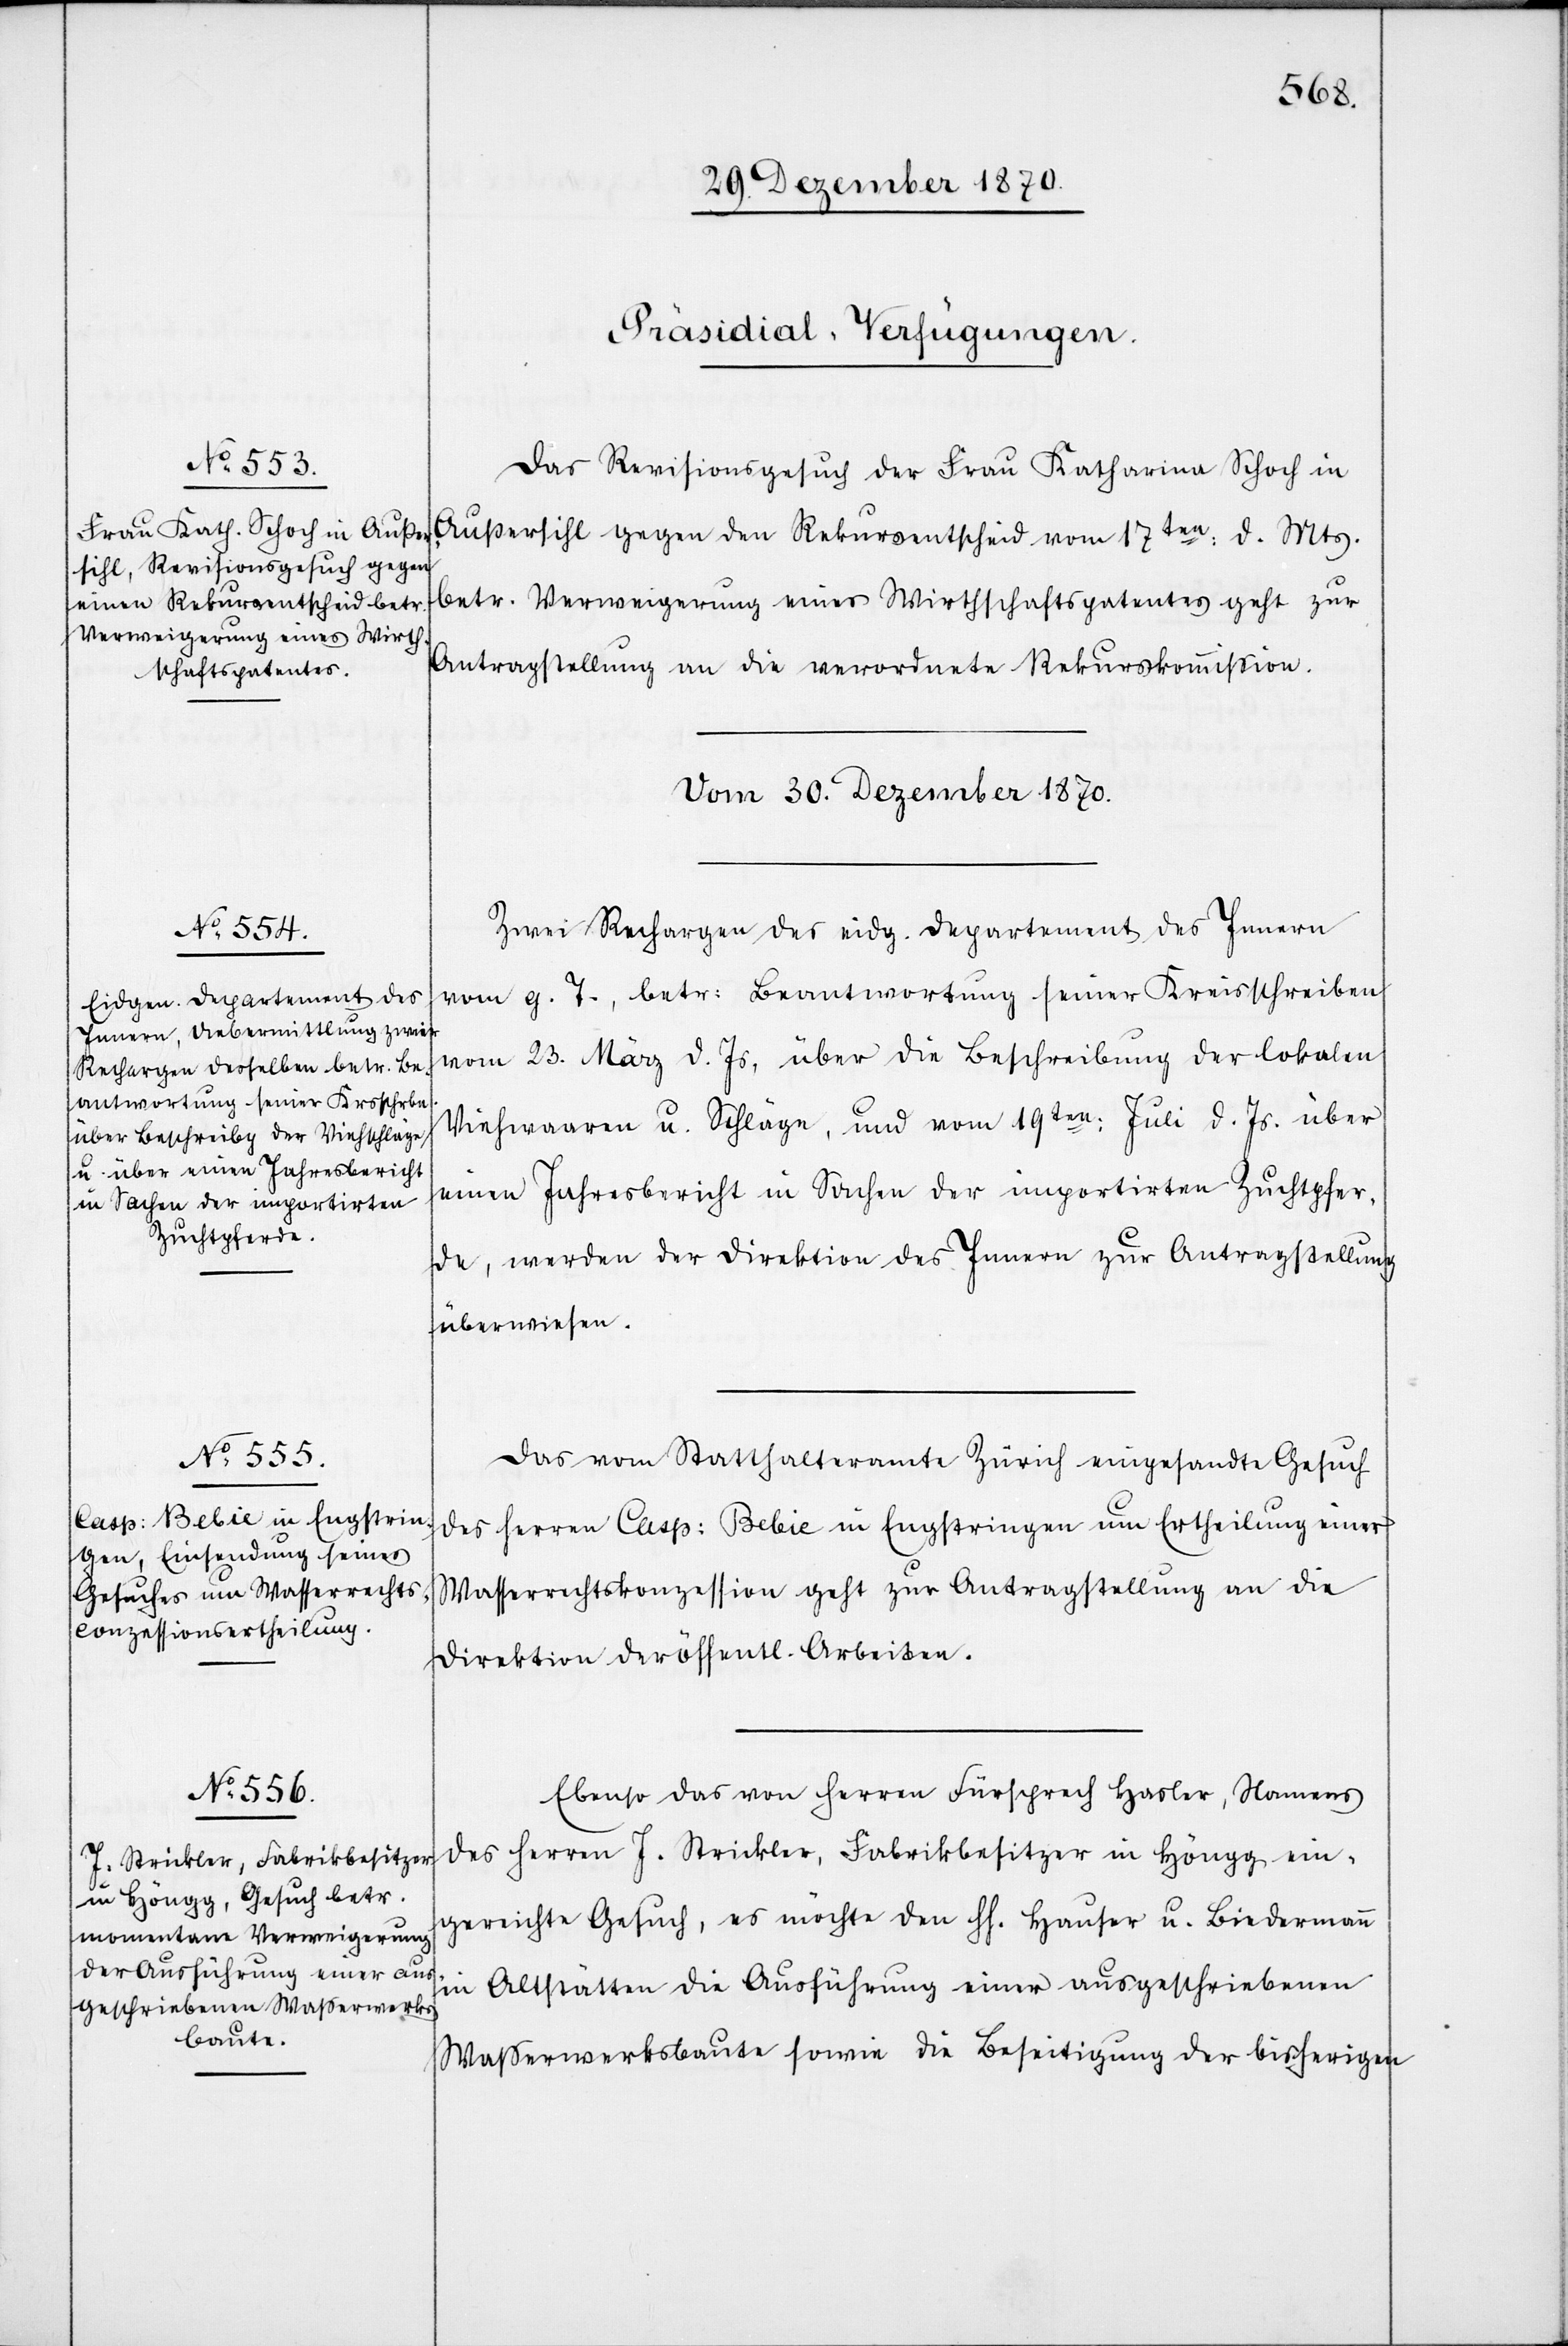
[Präsidial-Verfügungen.
Das Revisionsgesuch der Frau Katharina Schoch in
Außersihl gegen den Rekursentscheid vom 17ten: d. Mts.
betr. Verweigerung eines Wirthschaftspatentes geht zur
Antragstellung an die verordnete Rekurskommißion.
Vom 30. Dezember 1870.]
Zwei Rechargen des eidg. Departement des Innern
vom g. T., betr: Beantwortung seiner Kreisschreiben
vom 23. März d. Js. über die Beschreibung der lokalen
Viehwaaren u. Schläge, und vom 19ten: Juli d. Js. über
einen Jahresbericht in Sachen der importirten Zuchtpfer¬
de, werden der Direktion des Innern zur Antragstellung
überwiesen.
Das vom Statthalteramte Zürich eingesandte Gesuch
des Herren Casp: Bebie in Engstringen um Ertheilung einer
Wasserrechtskonzession geht zur Antragstellung an die
Direktion der öffentl. Arbeiten.
Ebenso das von Herren Fürsprech Hasler, Namens
des Herren J. Strickler, Fabrikbesitzer in Höngg ein¬
gereichte Gesuch, es möchte den HH. Hauser u. Biedermann
in Altstätten die Ausführung einer ausgeschriebenen
Waßerwerksbaute sowie die Beseitigung der bisherigen